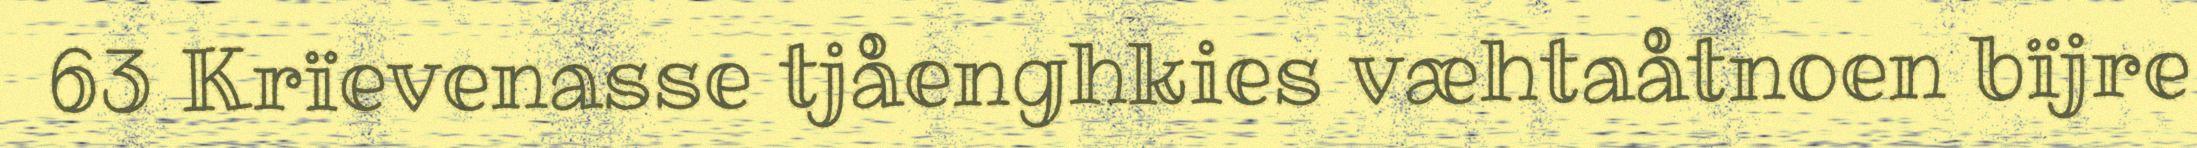
63 Krïevenasse tjåenghkies væhtaåtnoen bïjre